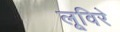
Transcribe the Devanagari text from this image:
लूविरे